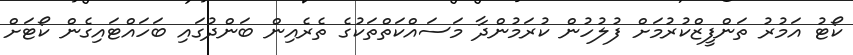
ކޯޓު އަމުރު ތަންފީޒްކުރުމަށް ފުލުހުން ކުރަމުންދާ މަސައްކަތްތަކުގެ ތެރެއިން ބަންދުގައި ބަހައްޓައިގެން ކޯޓަށް